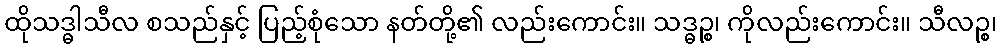
ထိုသဒ္ဓါသီလ စသည်နှင့် ပြည့်စုံသော နတ်တို့၏ လည်းကောင်း။ သဒ္ဓဉ္စ၊ ကိုလည်းကောင်း။ သီလဉ္စ၊